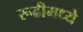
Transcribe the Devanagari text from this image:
रूढीमध्ये